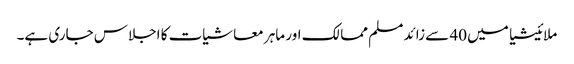
ملائیشیا میں 40 سے زائد مسلم ممالک اور ماہر معاشیات کا اجلاس جاری ہے۔